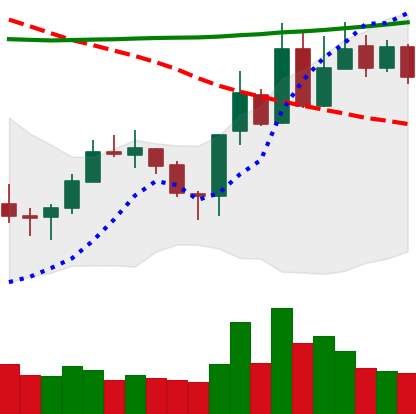
Ticker: XLM-USD
Chart end date: 2020-10-25
Forward return: -7.674%
Label: down_7plus